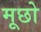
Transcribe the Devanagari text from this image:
मूछो